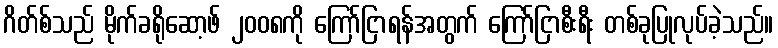
ဂိတ်စ်သည် မိုက်ခရိုဆော့ဖ် ၂၀၀၈ကို ကြော်ငြာရန်အတွက် ကြော်ငြာစီးရီး တစ်ခုပြုလုပ်ခဲ့သည်။